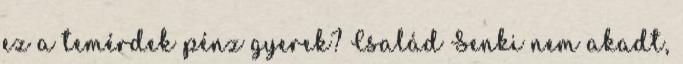
ez a temérdek pénz gyerek? Család Senki nem akadt,